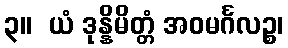
၃။  ယံ ဒုန္နိမိတ္တံ အဝမင်္ဂလဉ္စ၊